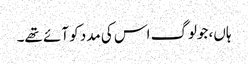
ہاں، جولوگ اس کی مدد کو آئے تھے۔